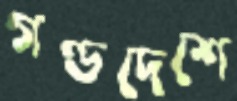
গণ্ডদেশে